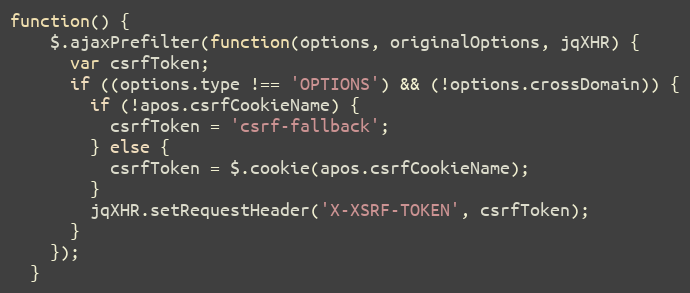
Language: JavaScript
function() {
    $.ajaxPrefilter(function(options, originalOptions, jqXHR) {
      var csrfToken;
      if ((options.type !== 'OPTIONS') && (!options.crossDomain)) {
        if (!apos.csrfCookieName) {
          csrfToken = 'csrf-fallback';
        } else {
          csrfToken = $.cookie(apos.csrfCookieName);
        }
        jqXHR.setRequestHeader('X-XSRF-TOKEN', csrfToken);
      }
    });
  }